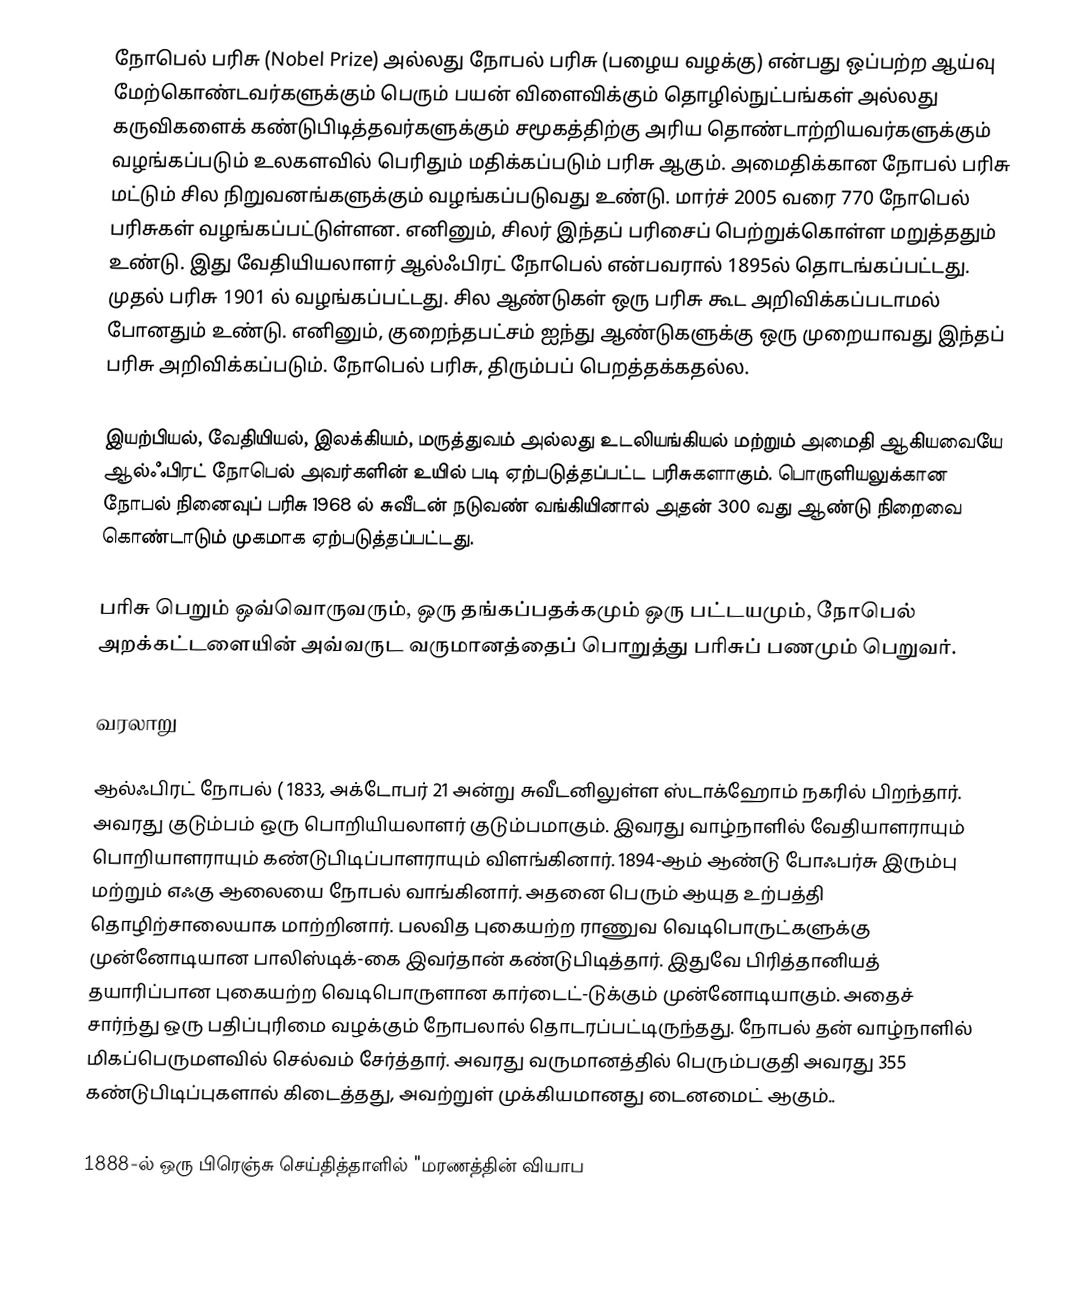
நோபெல் பரிசு (Nobel Prize) அல்லது நோபல் பரிசு (பழைய வழக்கு) என்பது ஒப்பற்ற ஆய்வு மேற்கொண்டவர்களுக்கும் பெரும் பயன் விளைவிக்கும் தொழில்நுட்பங்கள் அல்லது கருவிகளைக் கண்டுபிடித்தவர்களுக்கும் சமூகத்திற்கு அரிய தொண்டாற்றியவர்களுக்கும் வழங்கப்படும் உலகளவில் பெரிதும் மதிக்கப்படும் பரிசு ஆகும். அமைதிக்கான நோபல் பரிசு மட்டும் சில நிறுவனங்களுக்கும் வழங்கப்படுவது உண்டு. மார்ச் 2005 வரை 770 நோபெல் பரிசுகள் வழங்கப்பட்டுள்ளன. எனினும், சிலர் இந்தப் பரிசைப் பெற்றுக்கொள்ள மறுத்ததும் உண்டு. இது வேதியியலாளர் ஆல்ஃபிரட் நோபெல் என்பவரால் 1895ல் தொடங்கப்பட்டது. முதல் பரிசு 1901 ல் வழங்கப்பட்டது. சில ஆண்டுகள் ஒரு பரிசு கூட அறிவிக்கப்படாமல் போனதும் உண்டு. எனினும், குறைந்தபட்சம் ஐந்து ஆண்டுகளுக்கு ஒரு முறையாவது இந்தப் பரிசு அறிவிக்கப்படும். நோபெல் பரிசு, திரும்பப் பெறத்தக்கதல்ல.

இயற்பியல், வேதியியல், இலக்கியம், மருத்துவம் அல்லது உடலியங்கியல் மற்றும் அமைதி ஆகியவையே ஆல்ஃபிரட் நோபெல் அவர்களின் உயில் படி ஏற்படுத்தப்பட்ட பரிசுகளாகும். பொருளியலுக்கான நோபல் நினைவுப் பரிசு 1968 ல் சுவீடன் நடுவண் வங்கியினால் அதன் 300 வது ஆண்டு நிறைவை கொண்டாடும் முகமாக ஏற்படுத்தப்பட்டது.

பரிசு பெறும் ஒவ்வொருவரும், ஒரு தங்கப்பதக்கமும் ஒரு பட்டயமும், நோபெல் அறக்கட்டளையின் அவ்வருட வருமானத்தைப் பொறுத்து பரிசுப் பணமும் பெறுவர்.

வரலாறு

ஆல்ஃபிரட் நோபல் ( 1833, அக்டோபர் 21 அன்று சுவீடனிலுள்ள ஸ்டாக்ஹோம் நகரில் பிறந்தார்.  அவரது குடும்பம் ஒரு பொறியியலாளர் குடும்பமாகும்.  இவரது வாழ்நாளில் வேதியாளராயும் பொறியாளராயும் கண்டுபிடிப்பாளராயும் விளங்கினார். 1894-ஆம் ஆண்டு போஃபர்சு இரும்பு மற்றும் எஃகு ஆலையை நோபல் வாங்கினார். அதனை பெரும் ஆயுத உற்பத்தி தொழிற்சாலையாக மாற்றினார். பலவித புகையற்ற ராணுவ வெடிபொருட்களுக்கு முன்னோடியான பாலிஸ்டிக்-கை இவர்தான் கண்டுபிடித்தார். இதுவே பிரித்தானியத் தயாரிப்பான புகையற்ற வெடிபொருளான கார்டைட்-டுக்கும் முன்னோடியாகும். அதைச் சார்ந்து ஒரு பதிப்புரிமை வழக்கும் நோபலால் தொடரப்பட்டிருந்தது. நோபல் தன் வாழ்நாளில் மிகப்பெருமளவில் செல்வம் சேர்த்தார். அவரது வருமானத்தில் பெரும்பகுதி அவரது 355 கண்டுபிடிப்புகளால் கிடைத்தது, அவற்றுள் முக்கியமானது டைனமைட் ஆகும்..

1888-ல் ஒரு பிரெஞ்சு செய்தித்தாளில் "மரணத்தின் வியாப